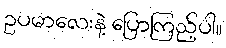
ဥပမာလေးနဲ့ ပြောကြည့်ပါ။